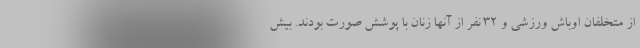
از متخلفان اوباش ورزشی و 32 نفر از آنها زنان با پوشش صورت بودند. بیش